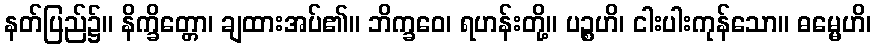
နတ်ပြည်၌။ နိက္ခိတ္တော၊ ချထားအပ်၏။ ဘိက္ခဝေ၊ ရဟန်းတို့။ ပဉ္စဟိ၊ ငါးပါးကုန်သော။ ဓမ္မေဟိ၊